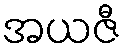
အယဇီ